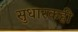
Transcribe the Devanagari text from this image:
सुधारकही